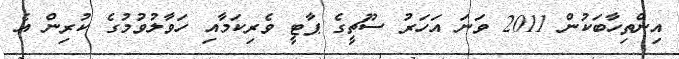
އިންތިހާބަކުން 2011 ވަނަ އަހަރު ސޫޗީގެ ޕާޓީ ވެރިކަމާއި ހަވާލުވުމުގެ ކުރިން އެ